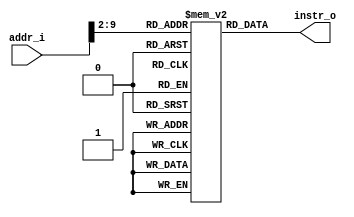
module Instruction_Memory
(
    addr_i, 
    instr_o
);

// Interface
input   [31:0]      addr_i;
output  [31:0]      instr_o;

// Instruction memory
reg     [31:0]     memory  [0:255];

assign  instr_o = memory[addr_i>>2];  

endmodule